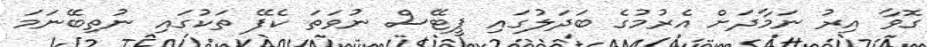
ގޮވާ އިރު ނަމާދަށް އެރުމުގެ ބަދަލުގައި ޕީޓޭސް ނުވަތަ ކެފޭ ތަކުގައި ނުތިބޭނަމަ